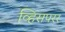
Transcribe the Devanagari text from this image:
व्हिसपरर